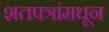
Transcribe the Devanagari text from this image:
शतपत्रांमधून